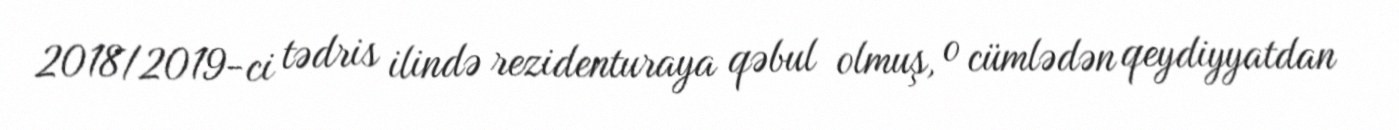
2018/2019-ci tədris ilində rezidenturaya qəbul olmuş, o cümlədən qeydiyyatdan